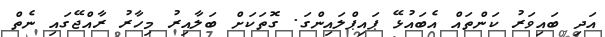
އަދި ބައިވަރު ކަންތައް އެބައުޅޭ ޕައިޕްލައިންގަ. ގޮތަކަށް ބަލާއިރު މިހާރު ރާއްޖޭގައި ނެތް